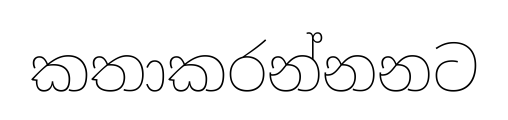
කතාකරන්නනට